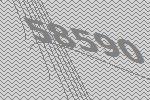
58590